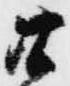
廿